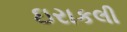
ઇરાકલી